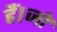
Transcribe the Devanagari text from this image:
हैं।जो